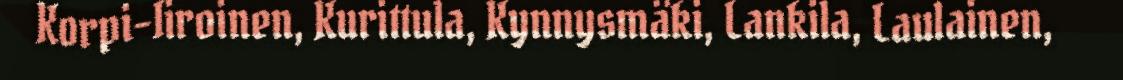
Korpi-Iiroinen, Kurittula, Kynnysmäki, Lankila, Laulainen,